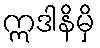
ဣဒါနိမှိ